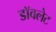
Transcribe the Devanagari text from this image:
डॉवलेट